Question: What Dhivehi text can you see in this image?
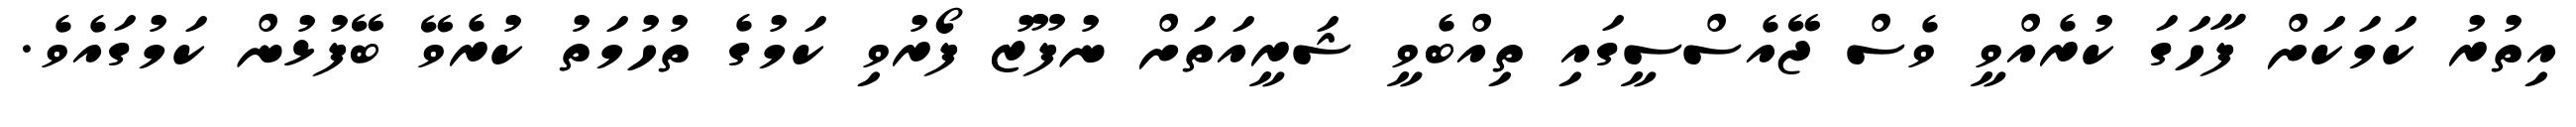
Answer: އިތުރު ކަމަކަށް ފާހަގަ ކުރެއްވީ ވެސް ޖޭއެސްސީގައި ތިއްބެވީ ޝަރީއަތަށް ނުފޫޒު ފޯރުވި ކަމުގެ ތުހުމަތު ކުރެވޭ ބޭފުޅުން ކަމުގައެވެ.